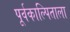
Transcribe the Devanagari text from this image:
पूर्वकाल्पिताला